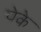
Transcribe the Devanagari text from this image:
पेके